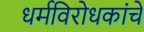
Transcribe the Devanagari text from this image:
धर्मविरोधकांचे